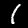
Digit: 1